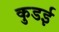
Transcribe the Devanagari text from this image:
कुडई